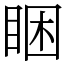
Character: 睏